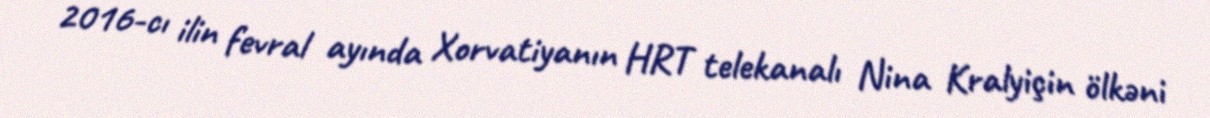
2016-cı ilin fevral ayında Xorvatiyanın HRT telekanalı Nina Kralyiçin ölkəni